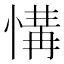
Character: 𢞡